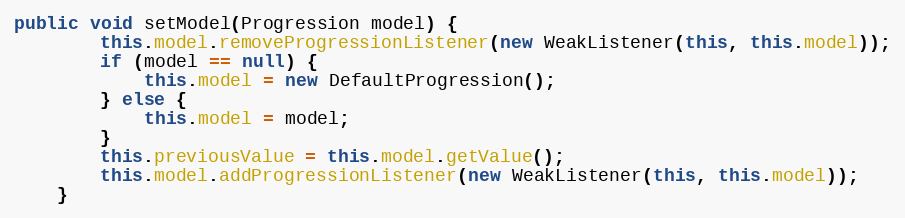
Language: Java
public void setModel(Progression model) {
		this.model.removeProgressionListener(new WeakListener(this, this.model));
		if (model == null) {
			this.model = new DefaultProgression();
		} else {
			this.model = model;
		}
		this.previousValue = this.model.getValue();
		this.model.addProgressionListener(new WeakListener(this, this.model));
	}